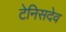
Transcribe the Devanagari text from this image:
टेनिसदेव